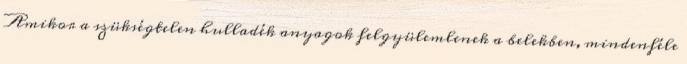
Amikor a szükségtelen hulladék anyagok felgyülemlenek a belekben, mindenféle